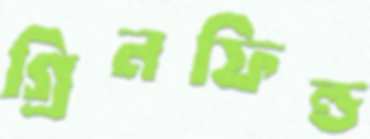
গ্রিনফিল্ড